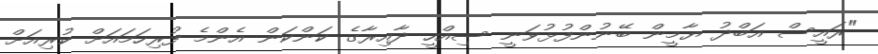
"ރައީސް އަބްދު ޔާމީން ބޭނުންފުޅުވަނީ ސިއްހީ ދާއިރާގެ ކަންކަން އެންމެ ފުރިހަމައަށް ކުރިއަށް